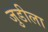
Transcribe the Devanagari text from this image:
जुडीला